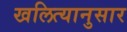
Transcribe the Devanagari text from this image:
खलित्यानुसार